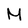
Character: M